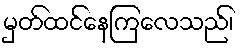
မှတ်ထင်နေကြလေသည်၊